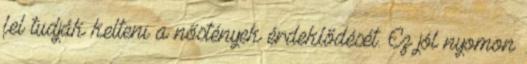
fel tudják kelteni a nőstények érdeklődését. Ez jól nyomon